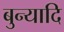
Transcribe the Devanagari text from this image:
बुन्यादि